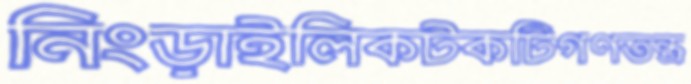
নিংড়াইলিকটকটিগণতন্ত্র